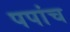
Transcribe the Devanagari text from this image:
पपांच